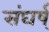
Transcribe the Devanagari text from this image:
संघर्ष्